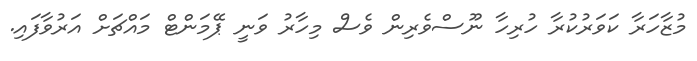
މުޒާހަރާ ކަވަރުކުރާ ހުރިހާ ނޫސްވެރިން ވެސް މިހާރު ވަނީ ޕޭމަންޓް މައްޗަށް އަރުވާފައި.